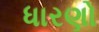
ધારણો